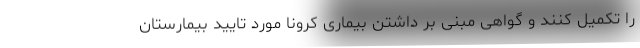
را تکمیل کنند و گواهی مبنی بر داشتن بیماری کرونا مورد تایید بیمارستان